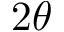
2 \theta